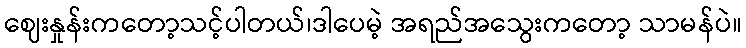
ဈေးနှုန်းကတော့သင့်ပါတယ်၊ဒါပေမဲ့ အရည်အသွေးကတော့ သာမန်ပဲ။